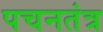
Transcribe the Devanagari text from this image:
पचनतंत्र